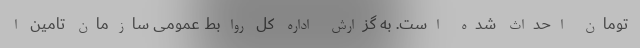
تومان احداث شده است. به گزارش اداره کل روابط عمومی سازمان تامین ا